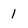
Character: 1